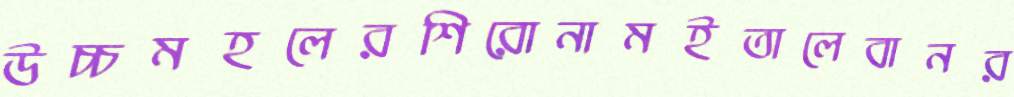
উচ্চমহলেরশিরোনামইতালেবানর